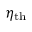
\eta _ { \mathrm { { t h } } }